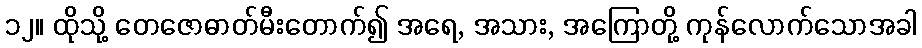
၁၂။ ထိုသို့ တေဇောဓာတ်မီးတောက်၍ အရေ, အသား, အကြောတို့ ကုန်လောက်သောအခါ